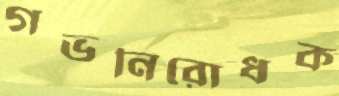
গর্ভনিরোধক